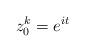
LaTeX: \begin{align*}z_0^k = e^{i t}\end{align*}